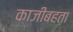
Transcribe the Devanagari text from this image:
काजीबहता